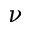
\nu